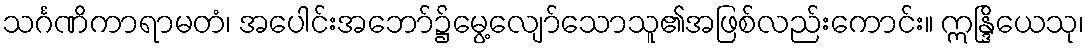
သင်္ဂဏိကာရာမတံ၊ အပေါင်းအဘော်၌မွေ့လျော်သောသူ၏အဖြစ်လည်းကောင်း။ ဣန္ဒြိယေသု၊